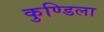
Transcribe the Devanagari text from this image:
कुण्डिला